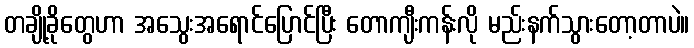
တချို့ခိုတွေဟာ အသွေးအရောင်ပြောင်ပြီး တောကျီးကန်းလို မည်းနက်သွားတော့တာပဲ။